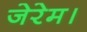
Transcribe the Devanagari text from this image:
जेरेम।